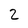
Character: 2